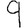
Digit: 9